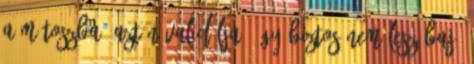
a mítoszba, aztán validálja. Úgy biztos nem lesz baj.